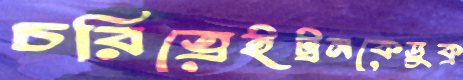
চরিত্রেইট্রনকেডুক্‌র